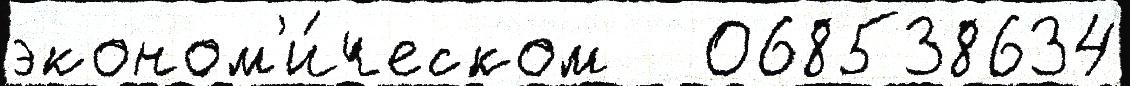
эконом'и́ческом   068538634